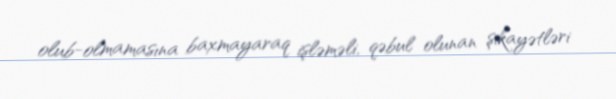
olub-olmamasına baxmayaraq işləməli, qəbul olunan şikayətləri